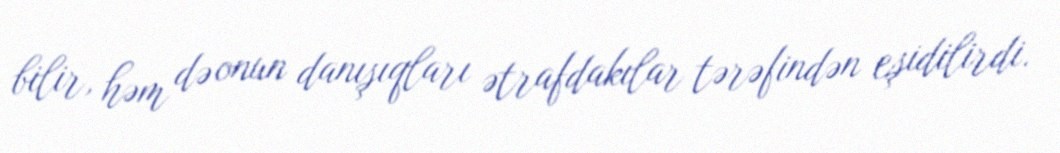
bilir, həm də onun danışıqları ətrafdakılar tərəfindən eşidilirdi.